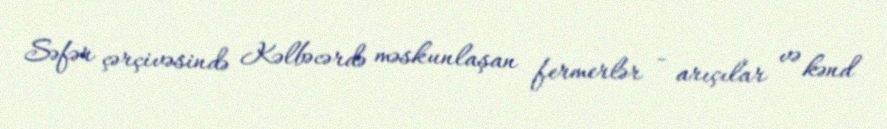
Səfər çərçivəsində Kəlbəcərdə məskunlaşan fermerlər - arıçılar və kənd